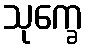
သုက္ခေ